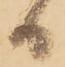
る